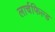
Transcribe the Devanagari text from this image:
लार्चफिल्ड